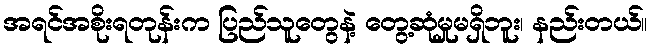
အရင်အစိုးရတုန်းက ပြည်သူတွေနဲ့ တွေ့ဆုံမှုမရှိဘူး၊ နည်းတယ်။